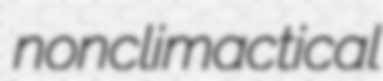
nonclimactical